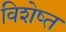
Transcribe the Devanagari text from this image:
विशेष्त